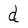
Character: d